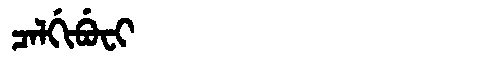
Manchu: ᠴᠠᠯᡤᡳᠪᡠᠸᡳ
Romanization: CALGIBUFI